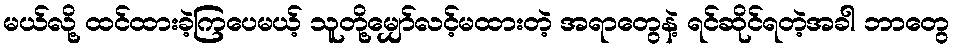
မယ်လို့ ထင်ထားခဲ့ကြပေမယ့် သူတို့မျှော်လင့်မထားတဲ့ အရာတွေနဲ့ ရင်ဆိုင်ရတဲ့အခါ ဘာတွေ